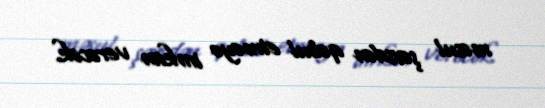
məsul şəxsdən qəbul etməyə imkan verəcək.